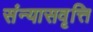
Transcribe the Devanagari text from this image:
संन्यासवृत्ति